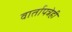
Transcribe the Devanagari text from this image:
वार्तापत्रेही